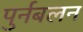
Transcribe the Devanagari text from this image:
पुर्नबलन